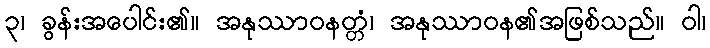
၃၊ ခွန်းအပေါင်း၏။ အနုဿာဝနတ္တံ၊ အနုဿာဝန၏အဖြစ်သည်။ ဝါ၊